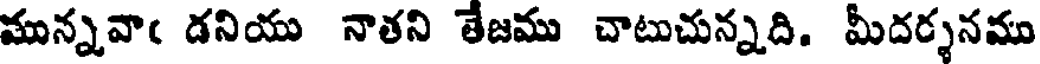
మున్నవాఁ డనియు నాతని తేజము చాటుచున్నది. మీదర్శనము